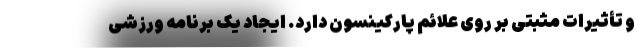
و تأثیرات مثبتی بر روی علائم پارکینسون دارد. ایجاد یک برنامه ورزشی